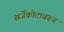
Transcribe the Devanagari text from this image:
सर्जेकोटावरून